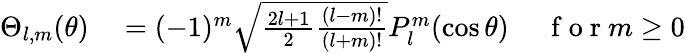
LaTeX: \begin{array}{rl}{\Theta_{l,m}(\theta)}&{{}=(-1)^{m}\sqrt{\frac{2l+1}{2}\frac{(l-m)!}{(l+m)!}}P_{l}^{m}(\cos{\theta})\mathrm{~\quad~f~o~r~}m\geq 0}\end{array}